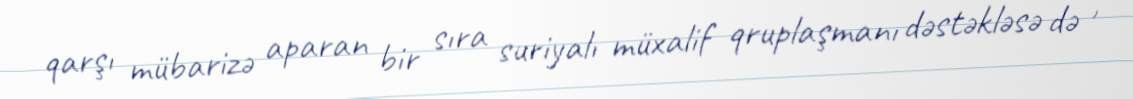
qarşı mübarizə aparan bir sıra suriyalı müxalif qruplaşmanı dəstəkləsə də ,